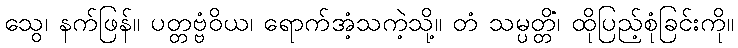
သွေ၊ နက်ဖြန်။ ပတ္တဗ္ဗံဝိယ၊ ရောက်အံ့သကဲ့သို့။ တံ သမ္ပတ္တိံ၊ ထိုပြည့်စုံခြင်းကို။